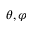
\theta , \varphi